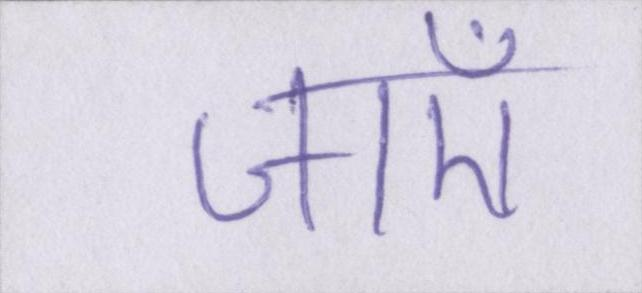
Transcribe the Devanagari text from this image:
जाएँ।